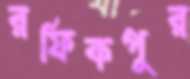
রফিকপুর